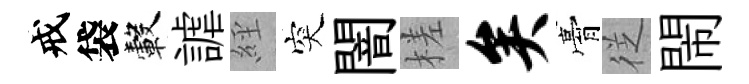
戒袋轂謔𦀇突闇槎矣膏徔閙